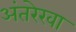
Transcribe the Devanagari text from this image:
अंतरेखा